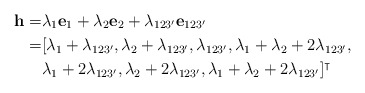
\begin{align*}\mathbf{h}=&\lambda_{1}\mathbf{e}_1+\lambda_{2}\mathbf{e}_2+\lambda_{123'}\mathbf{e}_{123'}\\=& [\lambda_1+\lambda_{123'},\lambda_2+\lambda_{123'},\lambda_{123'},\lambda_1+\lambda_2+2\lambda_{123'},\\&\lambda_1+2\lambda_{123'},\lambda_2+2\lambda_{123'},\lambda_1+\lambda_2+2\lambda_{123'}]^\intercal\end{align*}